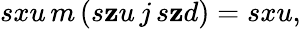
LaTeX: sxu\, m\, (s\mathbf{z}u\, j\, s\mathbf{z}d)=sxu,